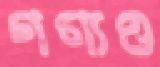
গণ্যও